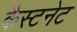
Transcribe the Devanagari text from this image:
कैस्टनेट